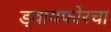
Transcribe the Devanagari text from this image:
ड्वायफोरचा